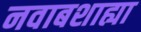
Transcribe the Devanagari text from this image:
नवाबशाह्या